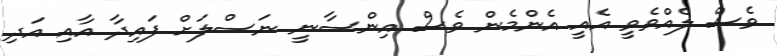
ވެސް ލެއްވެވީ އެއީ އެންމެން ވެސް އިންސާނީ ނަސްލަށް ފައިދާ އާއި އަދި